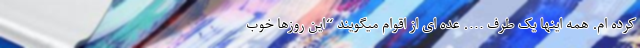
کرده ام. همه اینها یک طرف …. عده ای از اقوام میگویند “این روزها خوب